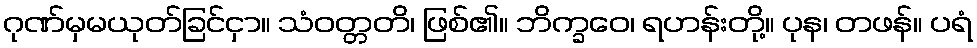
ဂုဏ်မှမယုတ်ခြင်ငှာ။ သံဝတ္တတိ၊ ဖြစ်၏။ ဘိက္ခဝေ၊ ရဟန်းတို့။ ပုန၊ တဖန်။ ပရံ